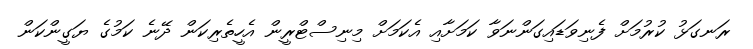
ރަނގަޅު ކުރުމަށް ފެނިވަޑައިގަންނަވާ ކަމަށާއި އެކަމަށް މިނިސްޓްރީން އެހީތެރިކަން ދޭނެ ކަމުގެ ޔަގީންކަން